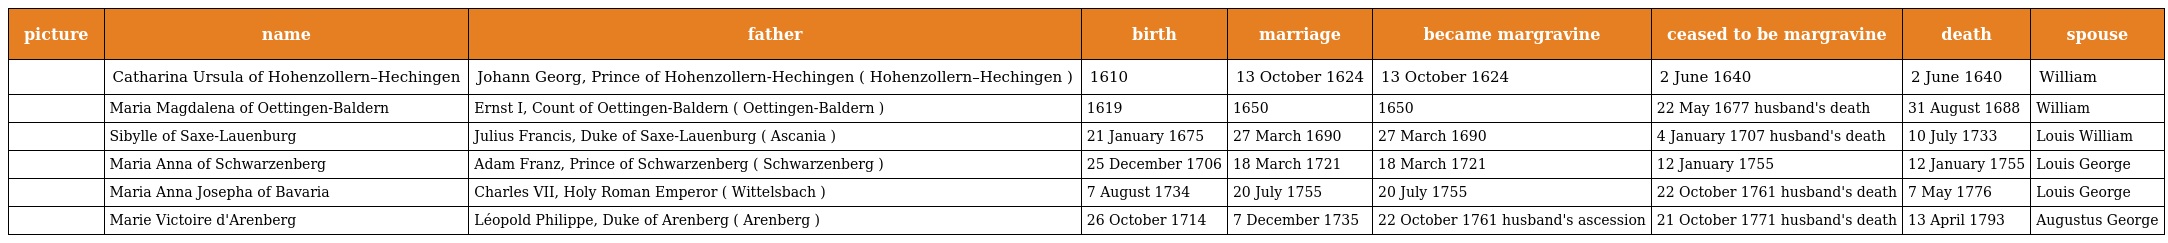
| picture | name | father | birth | marriage | became margravine | ceased to be margravine | death | spouse |
 | --- | --- | --- | --- | --- | --- | --- | --- | --- |
 |  | Catharina Ursula of Hohenzollern–Hechingen | Johann Georg, Prince of Hohenzollern-Hechingen ( Hohenzollern–Hechingen ) | 1610 | 13 October 1624 | 13 October 1624 | 2 June 1640 | 2 June 1640 | William |
 |  | Maria Magdalena of Oettingen-Baldern | Ernst I, Count of Oettingen-Baldern ( Oettingen-Baldern ) | 1619 | 1650 | 1650 | 22 May 1677 husband's death | 31 August 1688 | William |
 |  | Sibylle of Saxe-Lauenburg | Julius Francis, Duke of Saxe-Lauenburg ( Ascania ) | 21 January 1675 | 27 March 1690 | 27 March 1690 | 4 January 1707 husband's death | 10 July 1733 | Louis William |
 |  | Maria Anna of Schwarzenberg | Adam Franz, Prince of Schwarzenberg ( Schwarzenberg ) | 25 December 1706 | 18 March 1721 | 18 March 1721 | 12 January 1755 | 12 January 1755 | Louis George |
 |  | Maria Anna Josepha of Bavaria | Charles VII, Holy Roman Emperor ( Wittelsbach ) | 7 August 1734 | 20 July 1755 | 20 July 1755 | 22 October 1761 husband's death | 7 May 1776 | Louis George |
 |  | Marie Victoire d'Arenberg | Léopold Philippe, Duke of Arenberg ( Arenberg ) | 26 October 1714 | 7 December 1735 | 22 October 1761 husband's ascession | 21 October 1771 husband's death | 13 April 1793 | Augustus George |